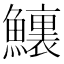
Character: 𩼆